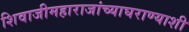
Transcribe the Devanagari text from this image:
शिवाजीमहाराजांच्याघराण्याशी